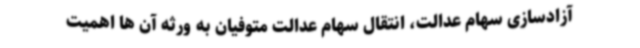
آزادسازی سهام عدالت، انتقال سهام عدالت متوفیان به ورثه آن ها اهمیت